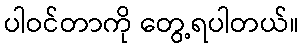
ပါဝင်တာကို တွေ့ရပါတယ်။